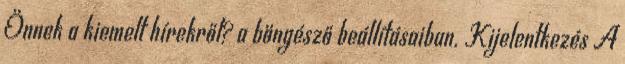
Önnek a kiemelt hírekről? a böngésző beállításaiban. Kijelentkezés A